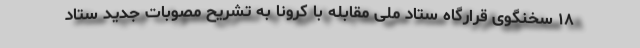
۱۸ سخنگوی قرارگاه ستاد ملی مقابله با کرونا به تشریح مصوبات جدید ستاد